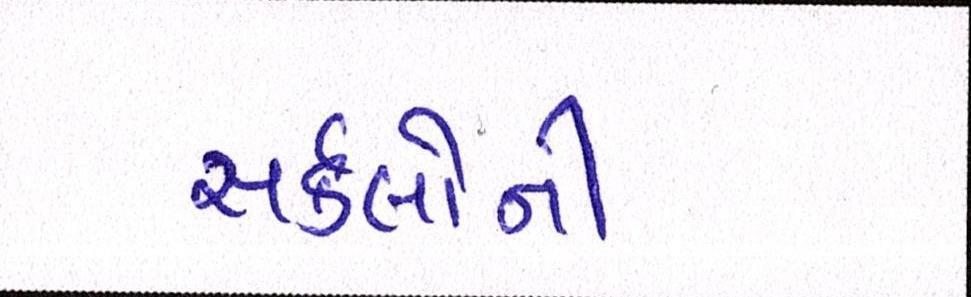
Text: સર્કલોની